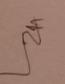
Signature authenticity: genuine